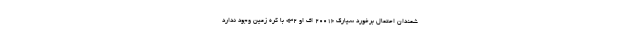
شمندان احتمال برخورد سیارک «۲۰۰۱ اف او ۳۲» با کره زمین وجود ندارد